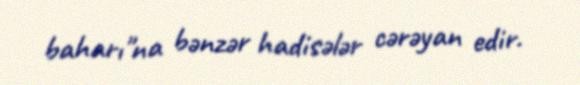
baharı"na bənzər hadisələr cərəyan edir.